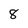
Character: 8